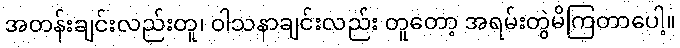
အတန်းချင်းလည်းတူ၊ ဝါသနာချင်းလည်း တူတော့ အရမ်းတွဲမိကြတာပေါ့။